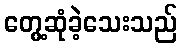
တွေ့ဆုံခဲ့သေးသည်